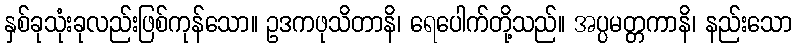
နှစ်ခုသုံးခုလည်းဖြစ်ကုန်သော။ ဥဒကဖုသိတာနိ၊ ရေပေါက်တို့သည်။ အပ္ပမတ္တကာနိ၊ နည်းသော